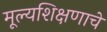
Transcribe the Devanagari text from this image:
मूल्यशिक्षणाचे